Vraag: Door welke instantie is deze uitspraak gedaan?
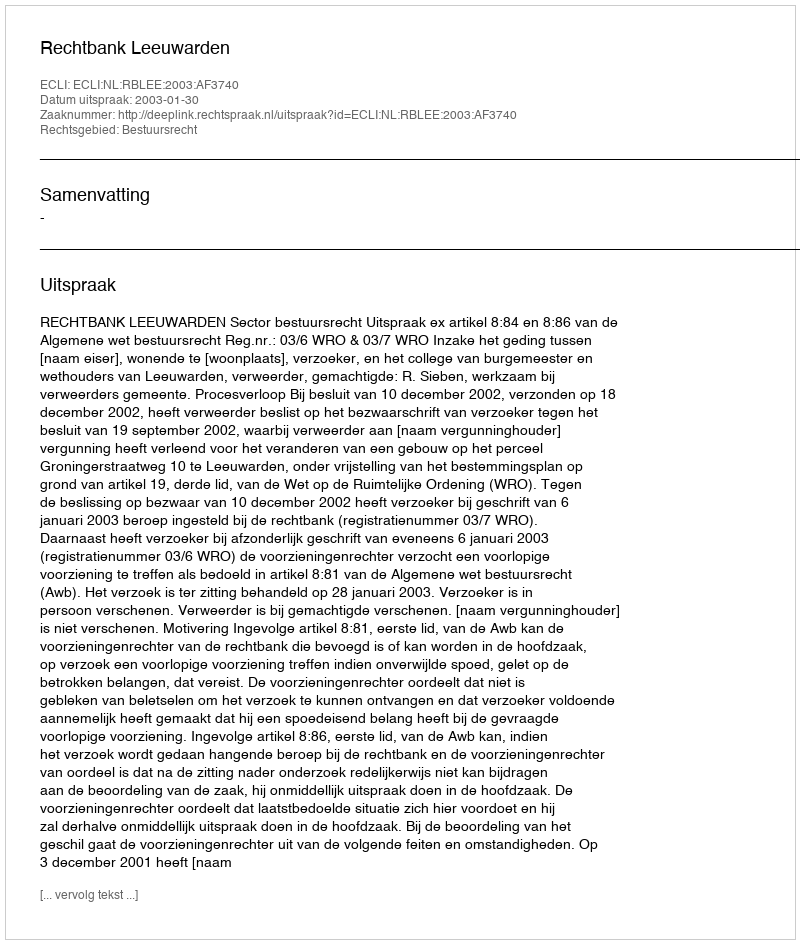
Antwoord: Rechtbank Leeuwarden